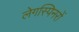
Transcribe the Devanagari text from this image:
लेगस्पिनरों